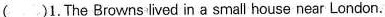
( )1.The Browns lived in a small house near London.